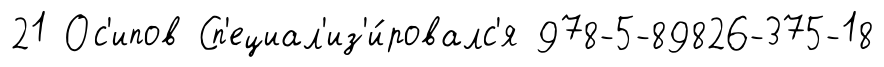
21 Ос'ипов Сп'ециал'из'и́ровалс'я 978-5-89826-375-18